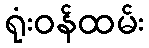
ရုံးဝန်ထမ်း